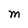
Character: M